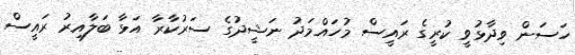
ހަސަން ވިދާޅުވީ ކުރީގެ ރައީސް މުހައްމަދު ނަޝީދުގެ ސަރުކާރާ އަޅާ ބަލާއިރު ރައީސް